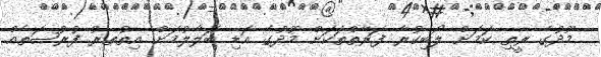
މޫދުގެ ރީތި ކަމަށް ލޯބިކުރާ ފަރާތްތަކަށް މޫދުގެ އަޑި ބަލާލުމަށް އިތުތރު ފުރުޞަތެއް